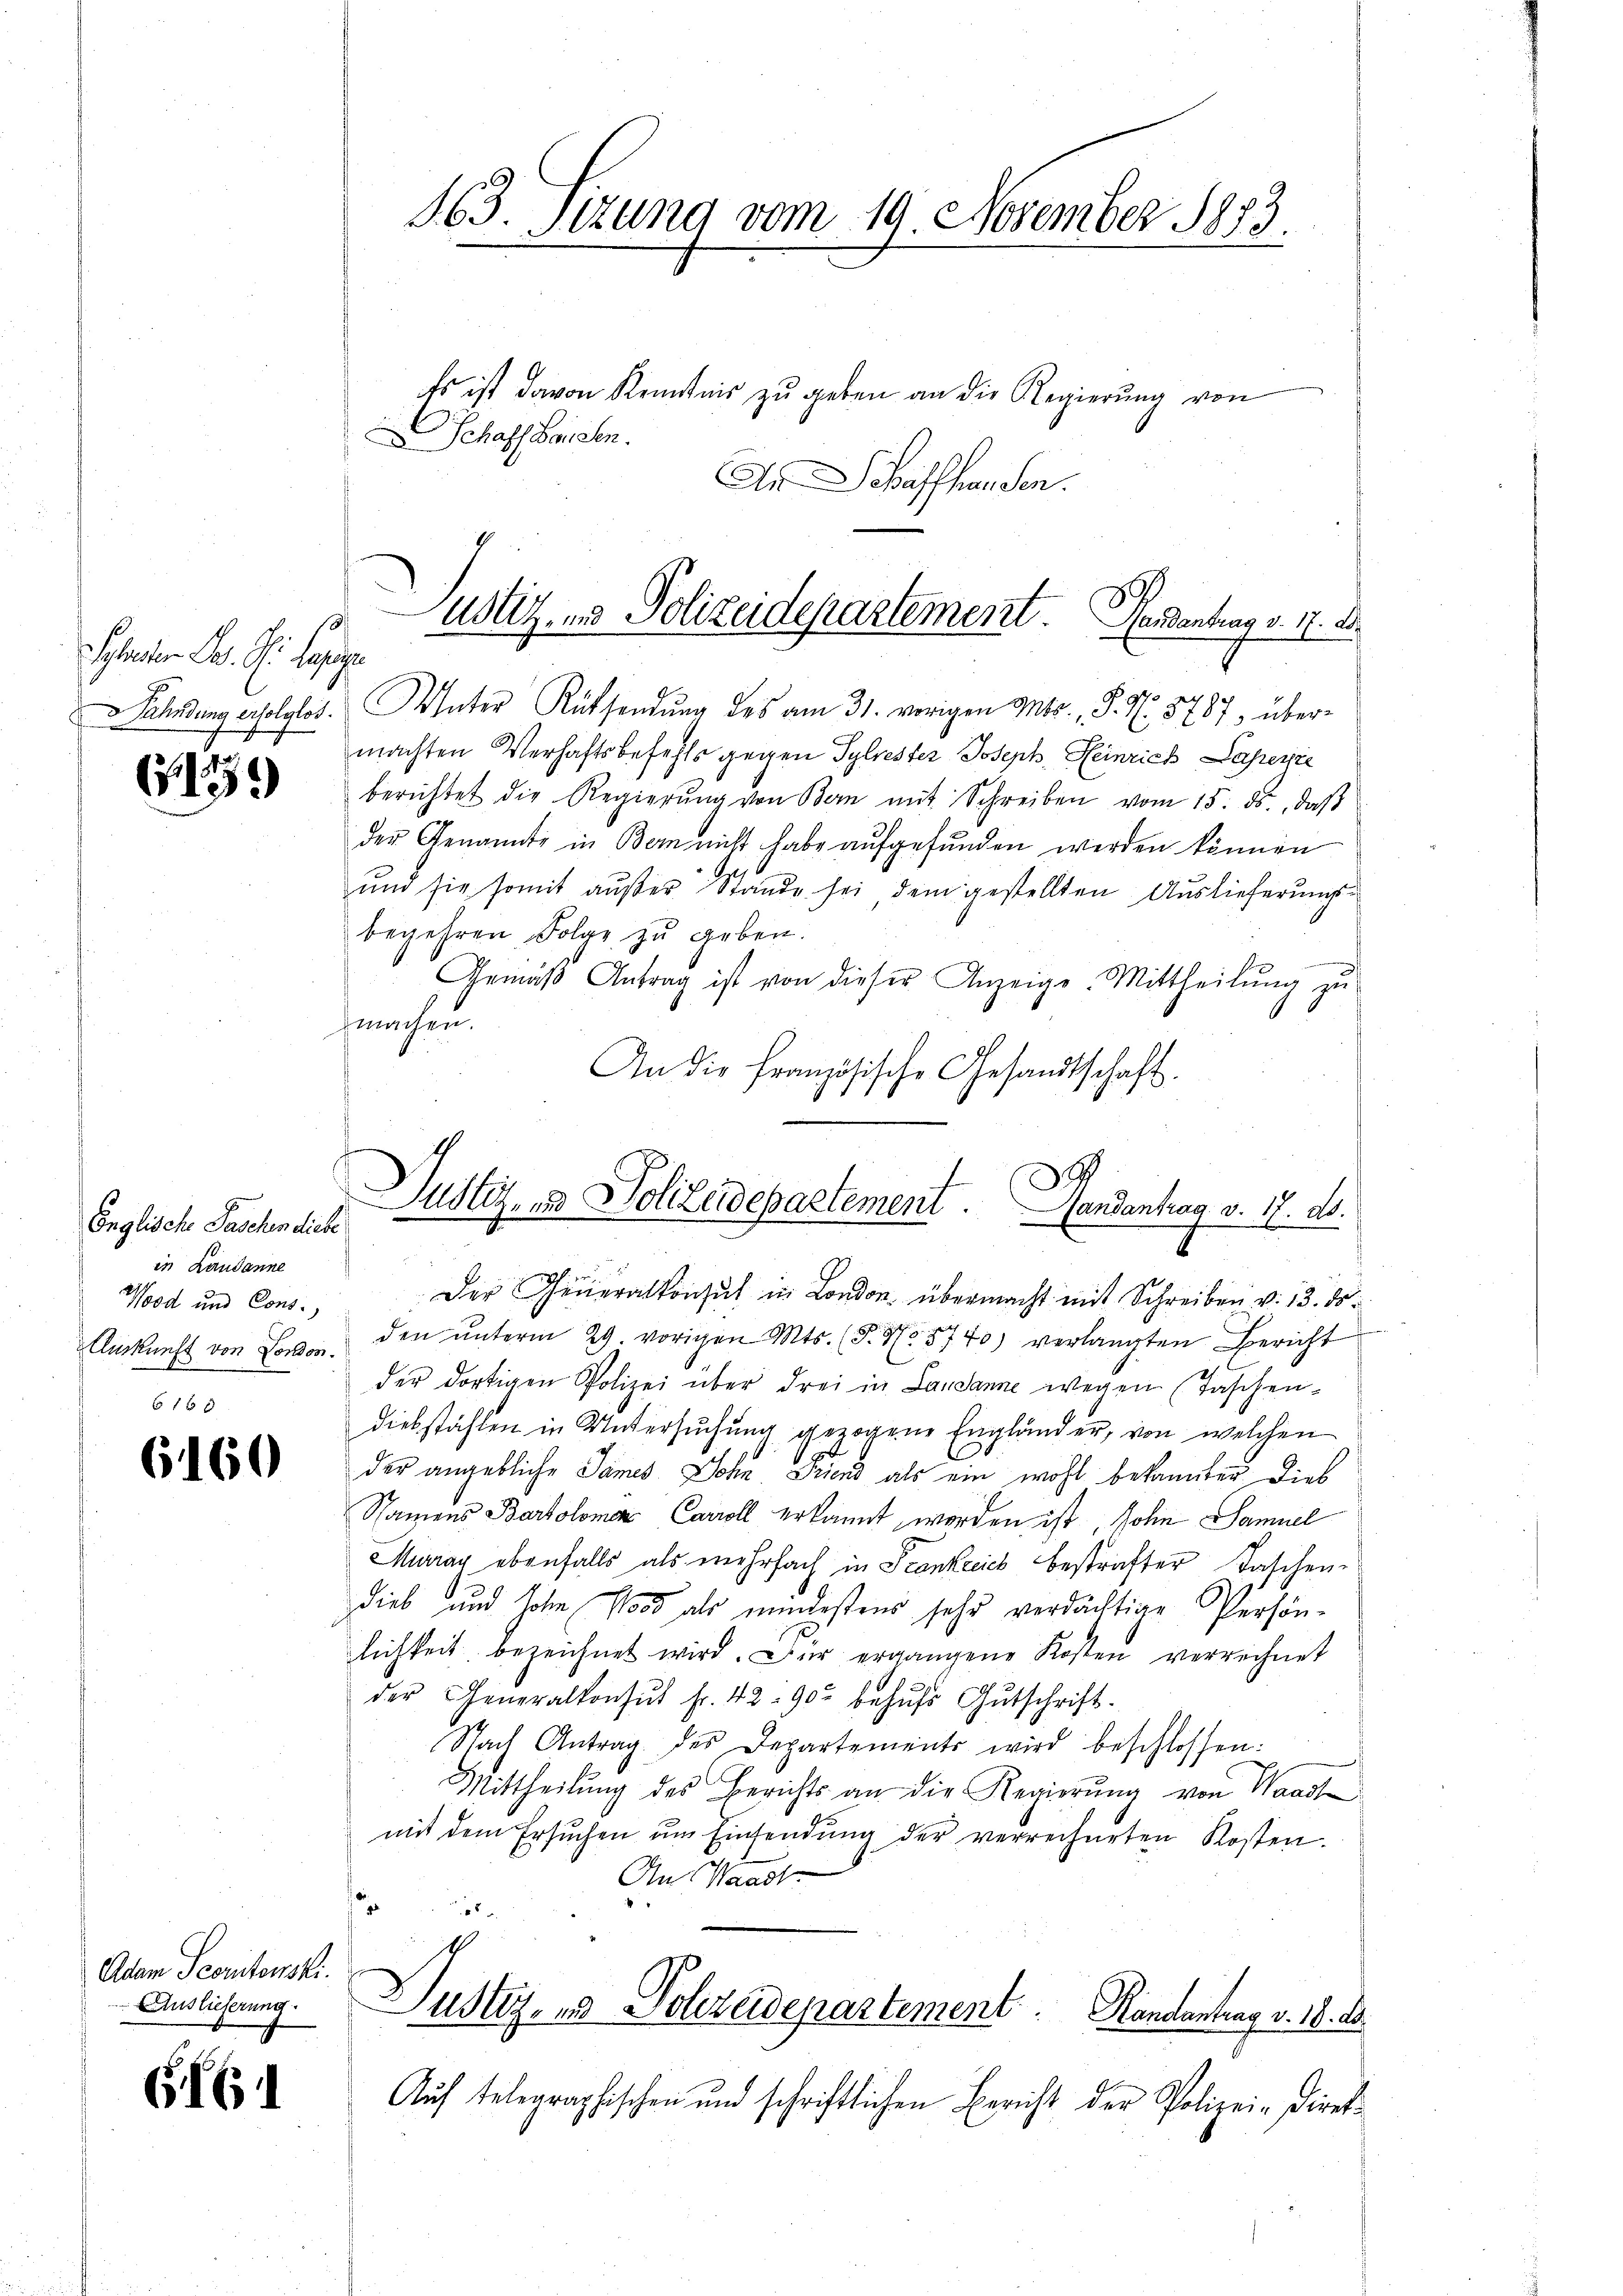
standten Sr. Dr. Lage
v Fahndung erfolglos.

G159

Englische Paschen diese
in Landanne
Wood und Cons.
Auskunft von London.

6160

Adam Scoritanski.
Auslieferung.

G161

Es ist davon Kenntnis zu geben an die Regierung von
Schaffhausen.
An affhausen.

263. Itzung vom 19. November 1873.

Utt. und Polizeidepartement. Handentrag v. 17. d.

D
Justiz- & Polizeidepartement. Landantrag v. 17. ds.
Der Generalkonsul in London, übermacht mit Schreiben v. 13. ds.

90
ach
Water Rücksendŭng des am 31. vorigen Mts., S. Z. 3787 über-
machten Verhaftsbefehls gegen Sylrester Joseph Heinrich Laperte
berichtet die Regierŭng von Bern mit Schreiben vom 15. ds., daβ
der Genannte in Bern nicht habe aufgefunden werden können
ŭnd sie somit aŭβer Stande sei dem gestellten Auslieferŭngs-
begehren Folge zu geben.
Gemäβ Antrag ist von dieser Anzeige. Mittheilŭng zŭ
machen.
An die Französische Gesandtschaft.
den unterm 29. vorigen Mts. (T. 4 5740) verlangten Bericht
der dortigen Polizei über drei in Landanne wegen (Taschen-
diebstählen in Untersuchung gezogene Engländer, von welchen
der angebliche Sames Dohn Friend als ein wohl bekannter dies
Namens Bartolome Caroll erkannt werden ist, Sohn Samuel
Murray ebenfalls als mehrfach in Frankreich bestrafter Taschen-
dieb und sohin 1000 als mindestens sehr verdächtige Persönlichkeit bezeichnet wird. Der ergangene Kosten verrechnet
der Generalkonsul fr. 42 902 behŭfs Gutschrift.
Nach Antrag des Departements wird beschlossen:
Mittheilung des Berichts an die Regierŭng von Waadt
mit dem Ersuchen ŭm Einsendŭng der verrechneten Kosten.
An Waadt.
Justiz- & Polizeidepartement. Randantrag v. 18. d.
Auf telegraphischen und schriftlichen Bericht der Polizei-Direk¬